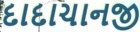
દાદાચાનજી